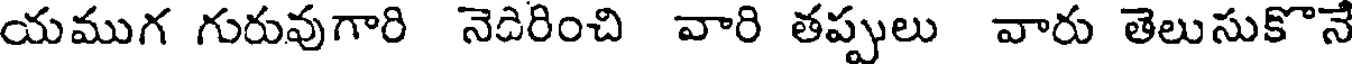
యముగ గురువుగారి నెడిరించి వారి తప్పులు వారు తెలుసుకొనే